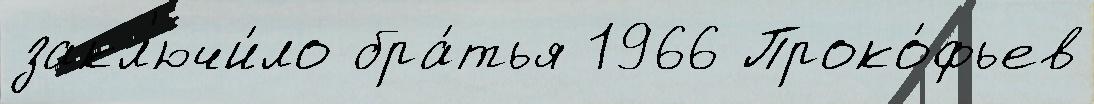
закл'ючи́ло бра́тья 1966 Проко́фьев